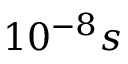
1 0 ^ { - 8 } s